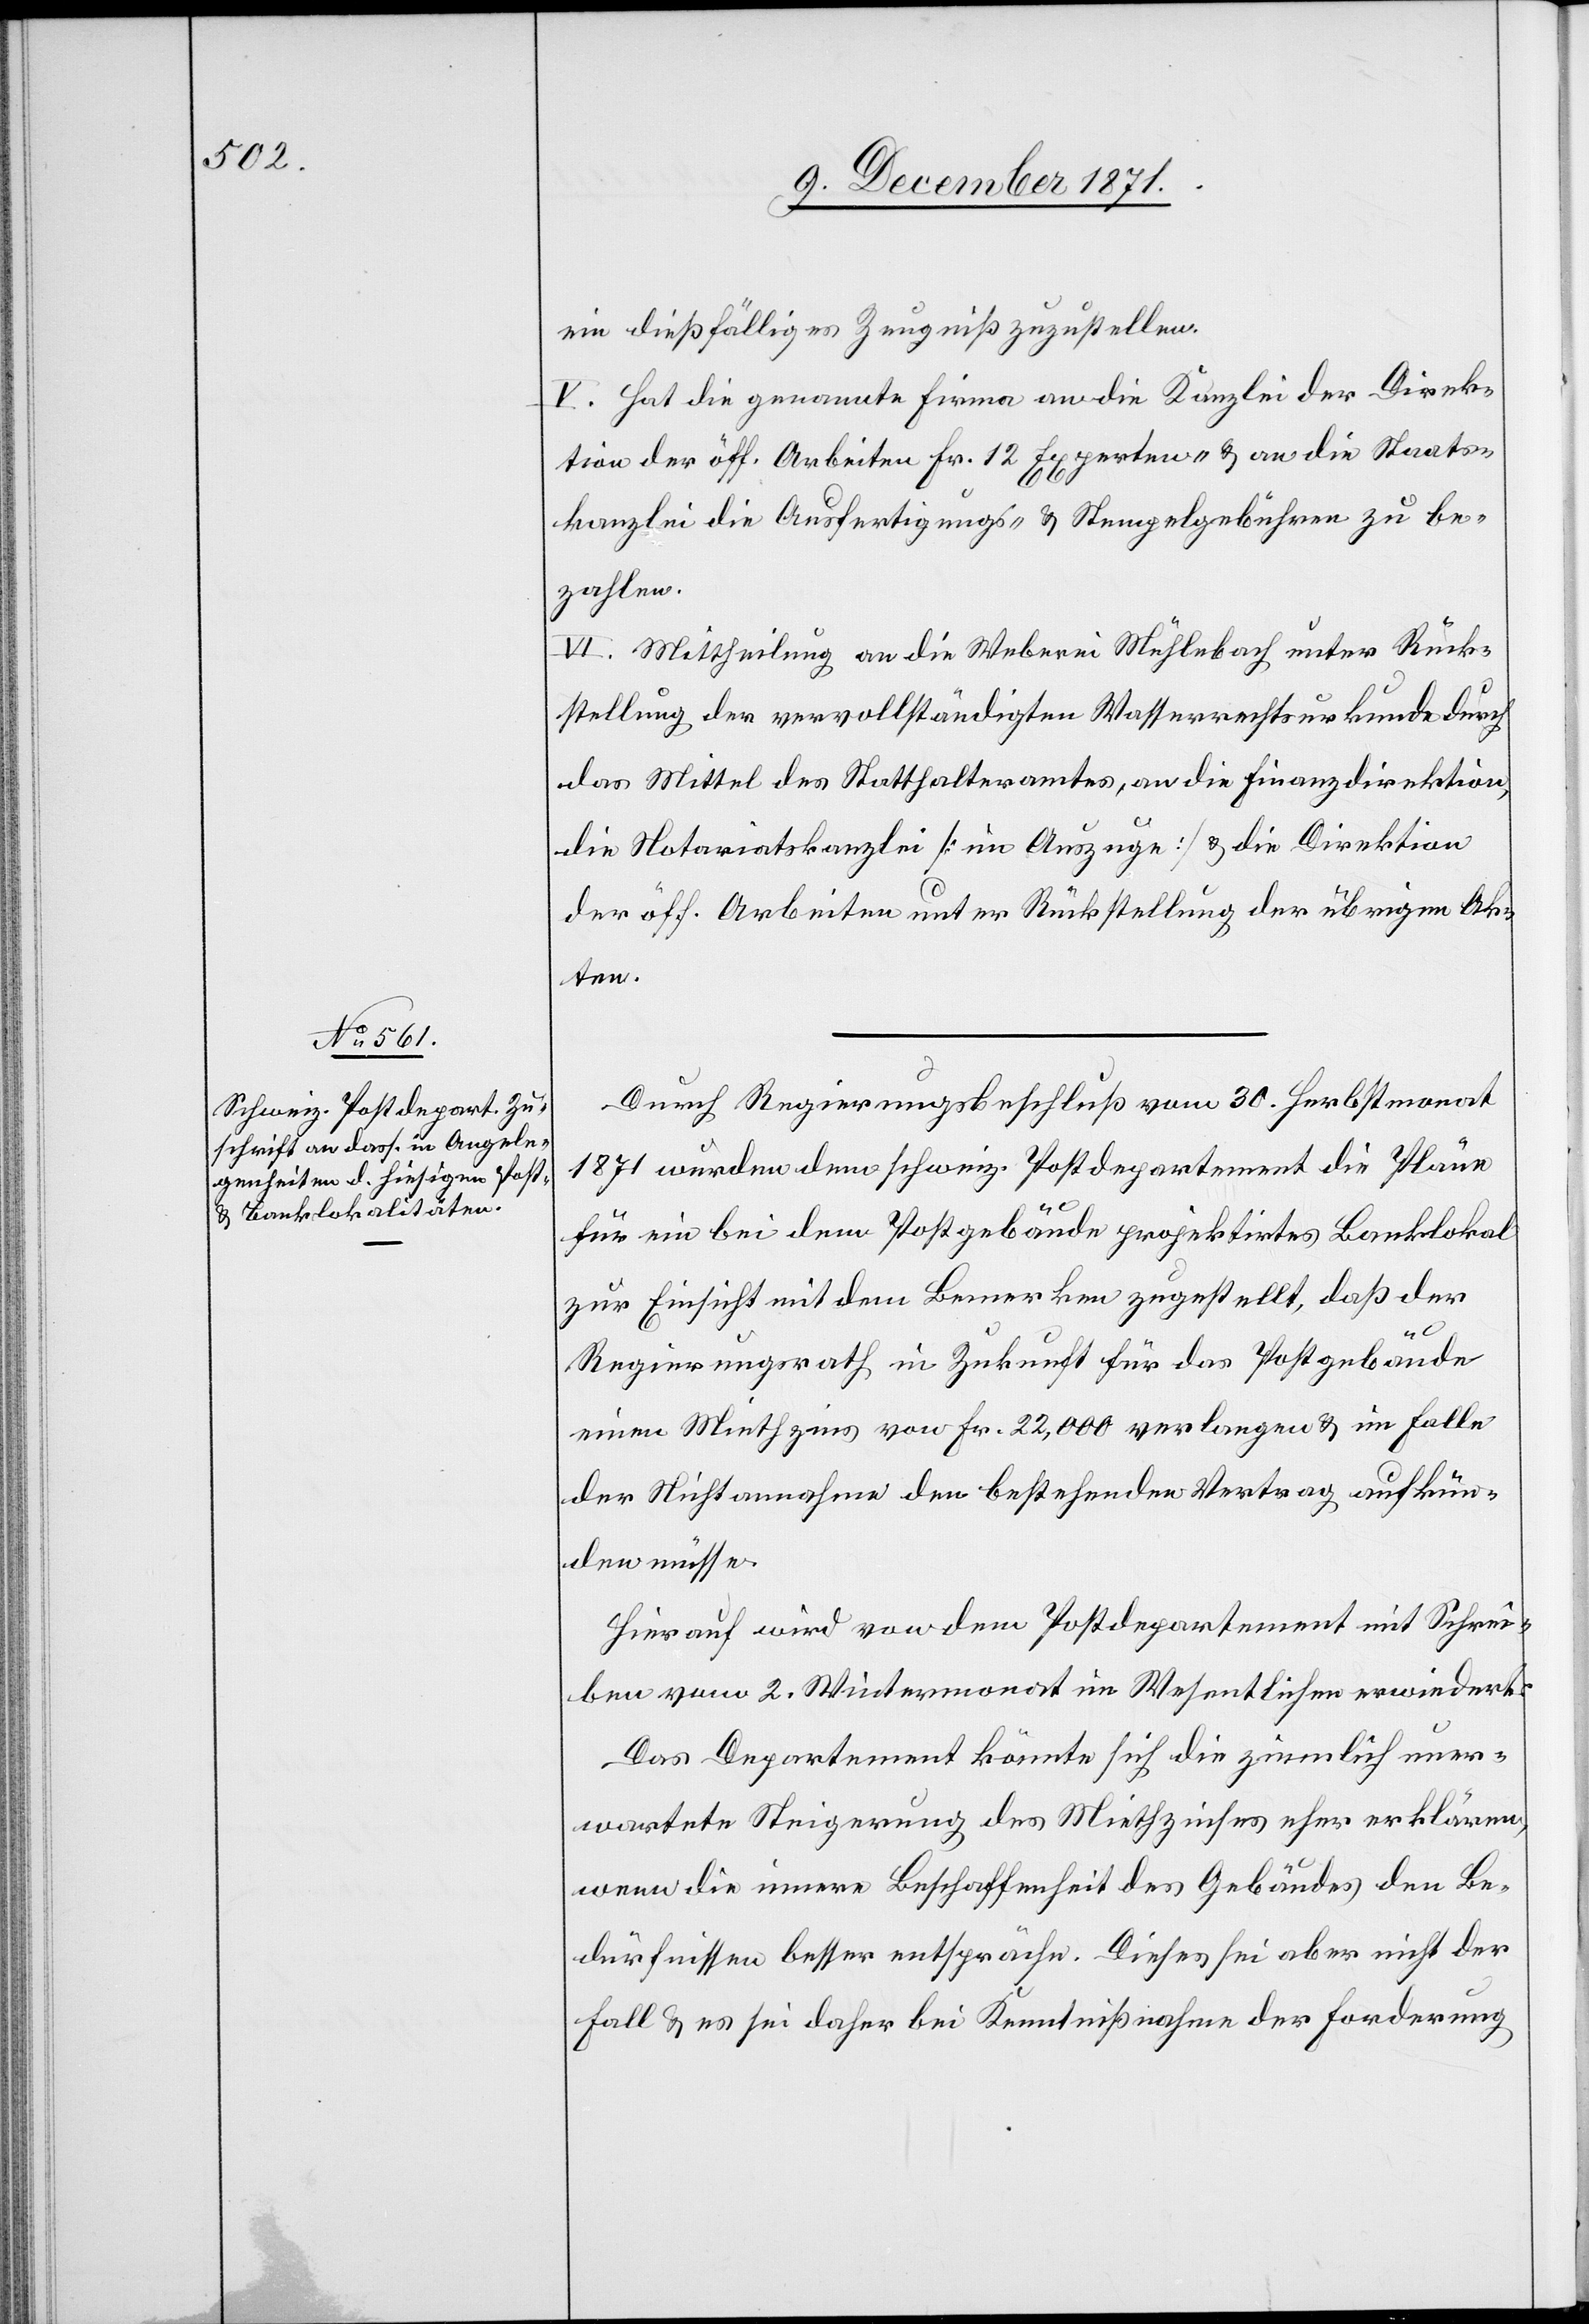
ein dießfälliges Zeugniß zuzustellen.
V. Hat die genannte Firma an die Kanzlei der Direk¬
tion der öff. Arbeiten Fr. 12 Experten- & an die Staats¬
kanzlei die Ausfertigungs- & Stempelgebühren zu be¬
zahlen.
VI. Mittheilung an die Weberei Mühlenbach unter Rück¬
stellung der vervollständigten Wasserrechtsurkunde durch
das Mittel des Statthalteramtes, an die Finanzdirektion,
die Notariatskanzlei [im Auszuge] & die Direktion
der öff. Arbeiten unter Rückstellung der übrigen Ak¬
ten.
Durch Regierungsbeschluß vom 30. Herbstmonat
1871 wurden dem schweiz. Postdepartement die Pläne
für ein bei dem Postgebäude projektirtes Banklokal
zur Einsicht mit dem Bemerken zugestellt, daß der
Regierungsrath in Zukunft für das Postgebäude
einen Miethzins von Fr. 22,000 verlangen & im Falle
der Nichtannahme den bestehenden Vertrag aufkün¬
den müsse.
Hierauf wird von dem Postdepartement mit Schrei¬
ben vom 2. Wintermonat im Wesentlichen erwiedert:
Das Departement könnte sich die ziemlich uner¬
wartete Steigerung des Miethzinses eher erklären,
wenn die innere Beschaffenheit des Gebäudes den Be¬
dürfnissesn besser entspräche. Dieses sei aber nicht der
Fall & es sei daher bei Kenntnißnahme der Forderung